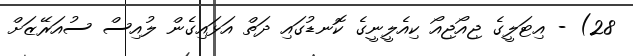
28) - އިޓަލީގެ ޖިއޯޖިއޯ ކިއެލީނީގެ ކޮނޑުގައި ދަތް އަޅައިގެން ލުއިސް ސުއަރޭޒަށް